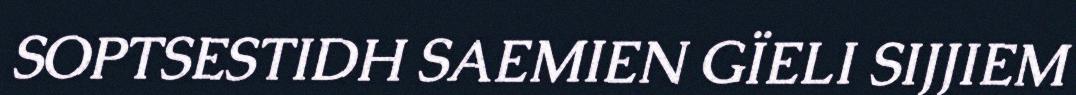
SOPTSESTIDH SAEMIEN GÏELI SIJJIEM